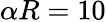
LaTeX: \alpha R=10